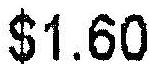
$1.60